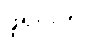
ဖူရှင်းက